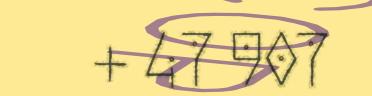
+ 47 907